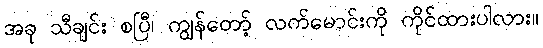
အခု သီချင်း စပြီ၊ ကျွန်တော့် လက်မောင်းကို ကိုင်ထားပါလား။